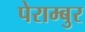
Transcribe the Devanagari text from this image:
पेराम्बुर